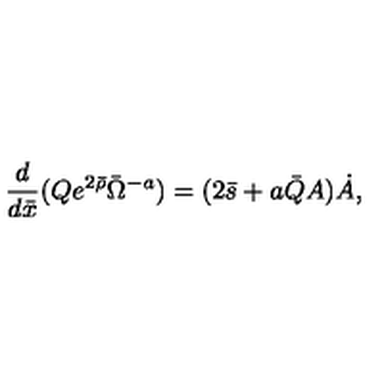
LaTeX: \frac { d } { d \bar { x } } ( Q e ^ { 2 \bar { \rho } } \bar { \Omega } ^ { - a } ) = ( 2 \bar { s } + a \bar { Q } A ) \dot { A } ,